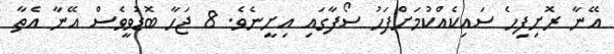
އޭނާ ރޮށިފިހެ ސައިކެއްކުމަށްފަހު ސޯފާގައި އިށީނެވެ. 8 ޖަހާ ބޮޑުވީވެސް އޭނާ އެތާ